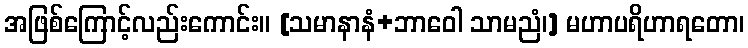
အဖြစ်ကြောင့်လည်းကောင်း။ [သမာနာနံ+ဘာဝေါ သာမညံ၊] မဟာပရိဟာရတော၊